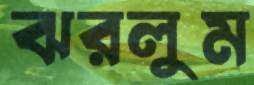
ঝরলুম